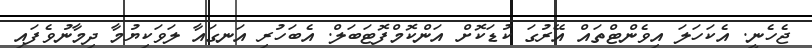
ޖެހެނީ. އެކަހަލަ އިވެންޓްތައް އޭރުގަ ކުޑަކޮށް އަންކޮމްފޮޓަބަލް. އެބަހުރި އަނގައާ ލަވަކިޔުމާ ދިމާނުވެފައި